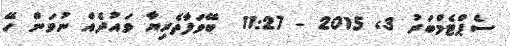
ސެޕްޓެމްބަރު 3